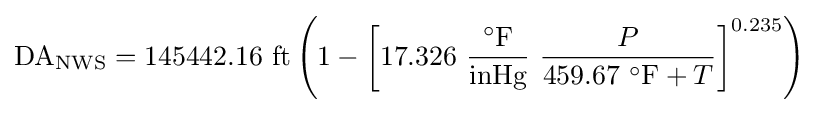
{\text{DA}}_{\text{NWS}}=145442.16~{\text{ft}}\left(1-\left[17.326~{\frac {^{\circ }{\text{F}}}{\text{inHg}}}\ {\frac {P}{459.67~{{}^{\circ }{\text{F}}}+T}}\right]^{0.235}\right)